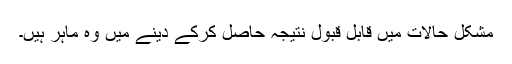
مشکل حالات میں قابل قبول نتیجہ حاصل کرکے دینے میں وہ ماہر ہیں۔